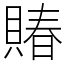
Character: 賰